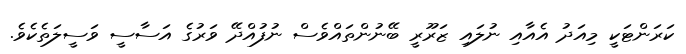
ކަރަންޓަކީ މިއަދު އެއާއި ނުލައި ޒަރޫރީ ބޭނުންތައްވެސް ނުފުއްދޭ ވަރުގެ އަސާސީ ވަސީލަތެކެވެ.